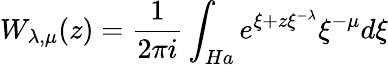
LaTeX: W_{\lambda,\mu}(z)=\frac{1}{2\pi i}\int_{Ha}e^{\xi+z\xi^{-\lambda}}\xi^{-\mu}{d\xi}